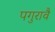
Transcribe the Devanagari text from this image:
पगुरावै